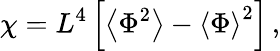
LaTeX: \chi=L^{4}\left[\left\langle\Phi^{2}\right\rangle-\left\langle\Phi\right\rangle^{2}\right]\, ,